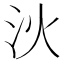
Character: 𣲧